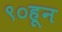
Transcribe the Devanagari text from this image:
९०हून